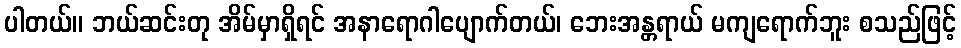
ပါတယ်။ ဘယ်ဆင်းတု အိမ်မှာရှိရင် အနာရောဂါပျောက်တယ်၊ ဘေးအန္တရာယ် မကျရောက်ဘူး စသည်ဖြင့်